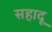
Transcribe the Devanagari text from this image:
सहादू